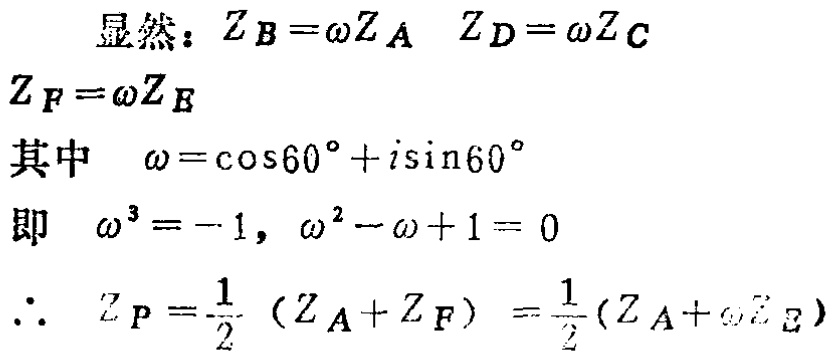
显然：$Z_{B}=\omega Z_{A} \quad Z_{D}=\omega Z_{C}$
$Z_{F}=\omega Z_{E}$
其中 $\omega=\cos 60^{\circ}+i\sin 60^{\circ}$
即 $\omega^{3}=-1, \omega^{2}-\omega + 1 = 0$
$\therefore \ Z_{P}=\frac{1}{2}(Z_{A}+Z_{F})=\frac{1}{2}(Z_{A}+\omega Z_{E})$